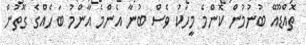
ތޮއްޑޫއޭ ބުނުމުން ކޮންމެ މީހަކު ވެސް ބުނާ އެންމެ އާންމު ބަހެއްގެ ގޮތުން